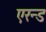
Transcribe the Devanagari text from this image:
एरन्ड